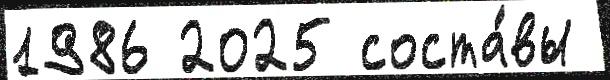
1986 2025 соста́вы